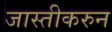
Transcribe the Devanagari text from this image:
जास्तीकरुन